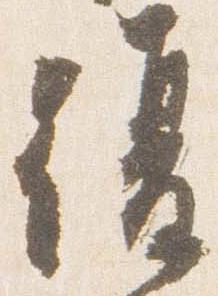
復